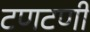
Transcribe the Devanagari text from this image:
टणटणी